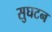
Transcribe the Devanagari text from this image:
सुघटन